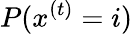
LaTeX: P(x^{(t)}=i)